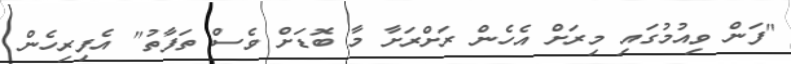
"ފަން ވިއުމުގައި މިރަށް އެހެން ރަށްރަށާ މާ ބޮޑަށް ވެސް ތަފާތު" އެފިރިހެން